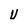
Character: U